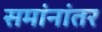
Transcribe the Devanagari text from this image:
समांनांतर